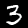
Digit: 3